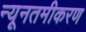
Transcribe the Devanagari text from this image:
न्यूनतमीकरण